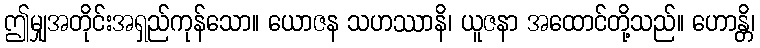
ဤမျှအတိုင်းအရှည်ကုန်သော။ ယောဇန သဟဿာနိ၊ ယူဇနာ အထောင်တို့သည်။ ဟောန္တိ၊